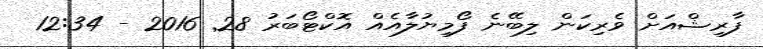
ފާރިޝްއަށް ވެރިކަން ލިބޭނެ ފޯމިޔުލާއެއް އޮކްޓޯބަރު 28